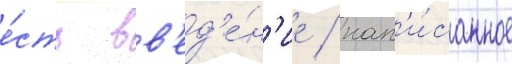
е́сть вв'ед'е́н'ие / нап'и́санное